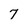
Character: 7